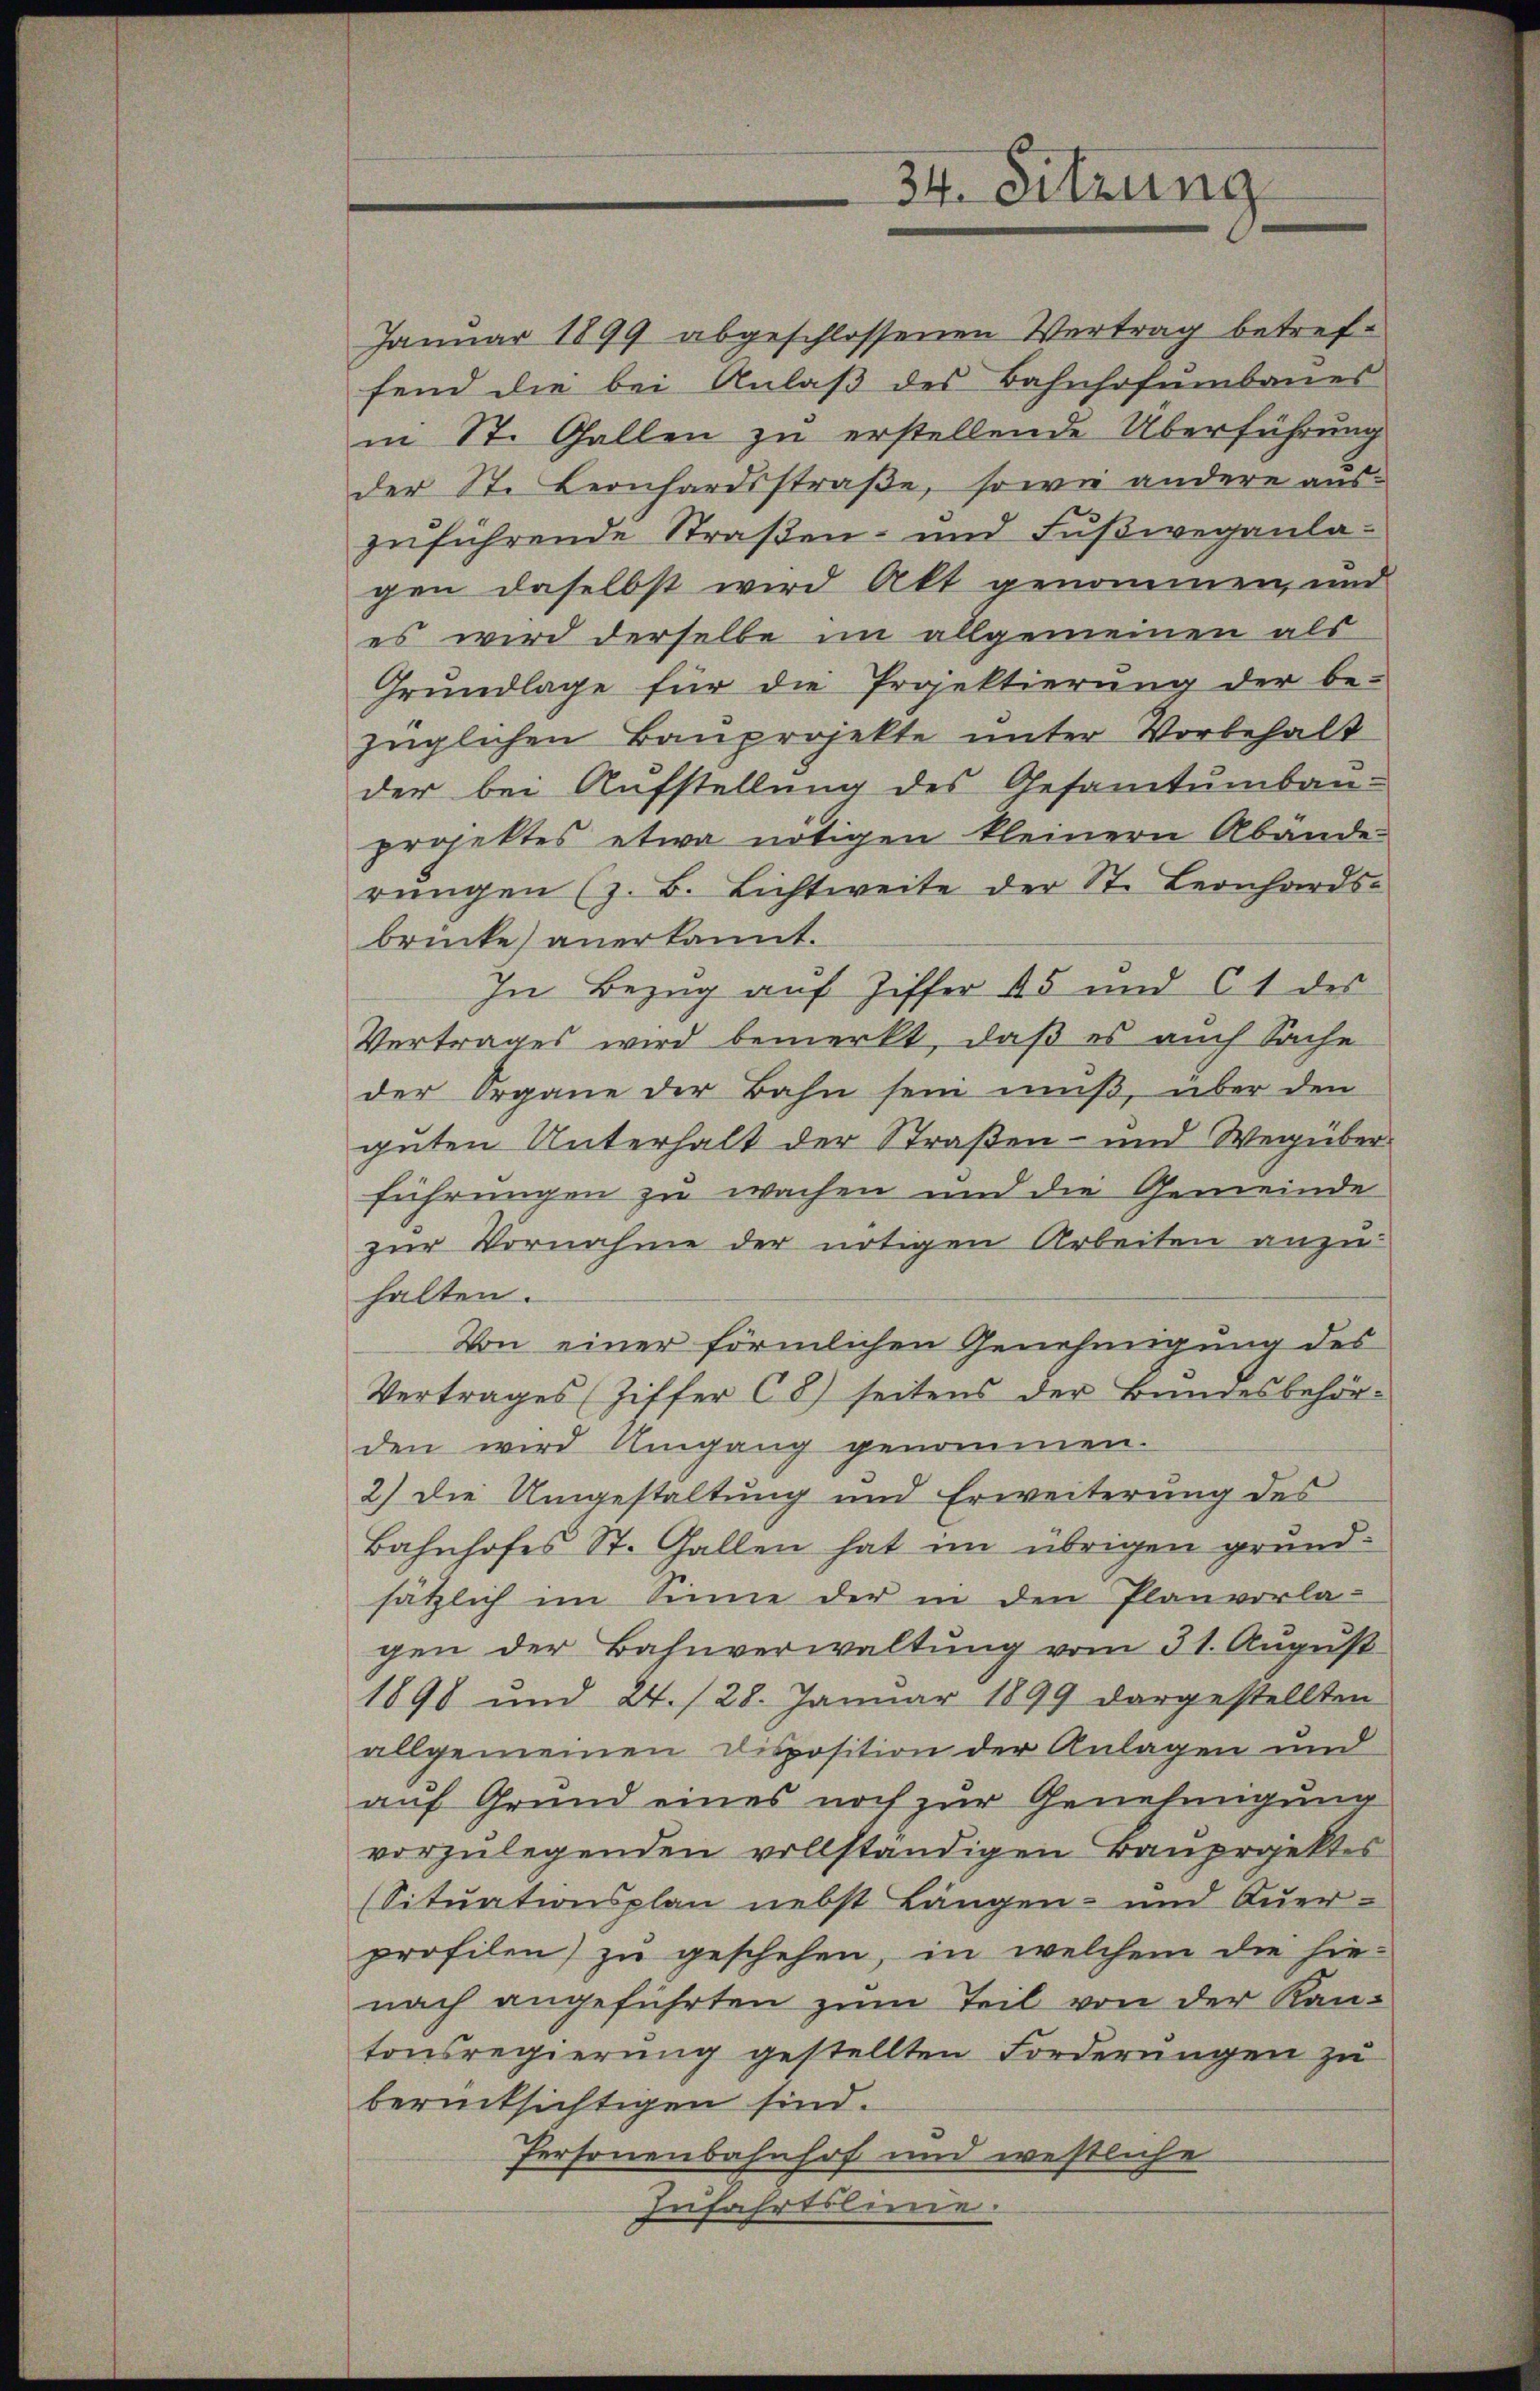
Januar 1899 abgeschlossenen Vertrag betreffend die bei Anlaβ des Bahnhofumbaues
in St. Gallen zu erstellende Überführung
der St. Leonhardsstraße, sowie andere auszŭführende Straβen- und Fŭβweganla-
gen daselbst wird Akt genommen, und
es wird derselbe im allgemeinen als
Grundlage für die Projektierung der be-
züglichen Bauprojekte unter Vorbehalt
der bei Aufstellung des Gesamtumbau-
projektes etwa nötigen kleinern Abände
rŭngen (z. B. Lichtweite der St. Leonhards-
brücke anerkannt.
In Bezug auf Ziffer 45 und 61 des
Vertrages wird bemerkt, daß es auch Sache
der Organe der Bahn sein muß, über den
guten Unterhalt der Straßen- und Wegüber
führungen zu wachen und die Gemeinde
zur Vornahme der nötigen Arbeiten anzuhalten.
Von einer förmlichen Genehmigung des
Vertrages (Ziffer C8) seitens der Bundesbehörden wird Umgang genommen.
2) die Umgestaltung und Erweiterung des
Bahnhofes St. Gallen hat im übrigen grund-
sätzlich im Sinne der in den Planvorlagen der Bahnverwaltung vom 31. August
1898 und 24. / 28. Januar 1899 dargestellten
allgemeinen Disposition der Anlagen und
auf Grund eines noch zur Genehmigung
vorzulegenden vollständigen Bauprojektes
(Situationsplan nebst Längen- und Querprofilen) zu geschehen, in welchem die hie-
nach angeführten zum Teil von der Kantonsregierung gestellten Forderŭngen zu
berücksichtigen sind.
Personenbahnhof und westliche
Zufahrtslinie.

34. Sitzung